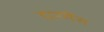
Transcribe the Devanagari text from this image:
डारमैंस